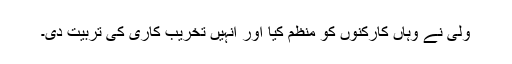
ولی نے وہاں کارکنوں کو منظم کیا اور اُنہیں تخریب کاری کی تربیت دی۔